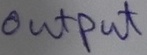
Text: OUTPUT